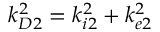
k _ { D 2 } ^ { 2 } = k _ { i 2 } ^ { 2 } + k _ { e 2 } ^ { 2 }